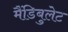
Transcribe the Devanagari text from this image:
मैंडिबुलेट